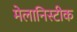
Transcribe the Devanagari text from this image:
मेलानिस्टीक